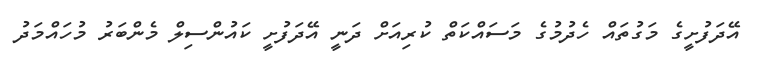
އޭދަފުށީގެ މަގުތައް ހެދުމުގެ މަސައްކަތް ކުރިއަށް ދަނީ އޭދަފުށީ ކައުންސިލް މެންބަރު މުހައްމަދު